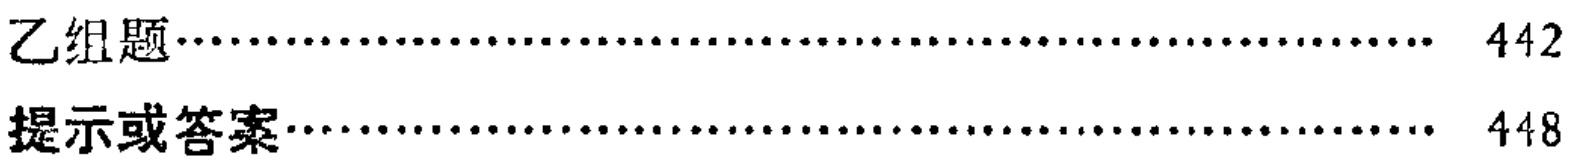
乙组题\dotfill 442\\

提示或答案\dotfill 448